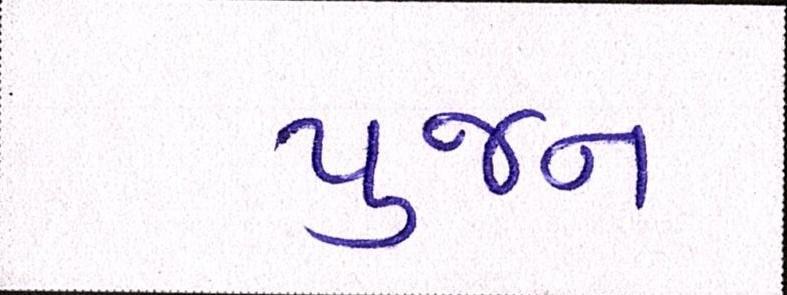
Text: પુજન